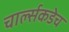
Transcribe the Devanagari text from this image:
चार्ल्सकडेच